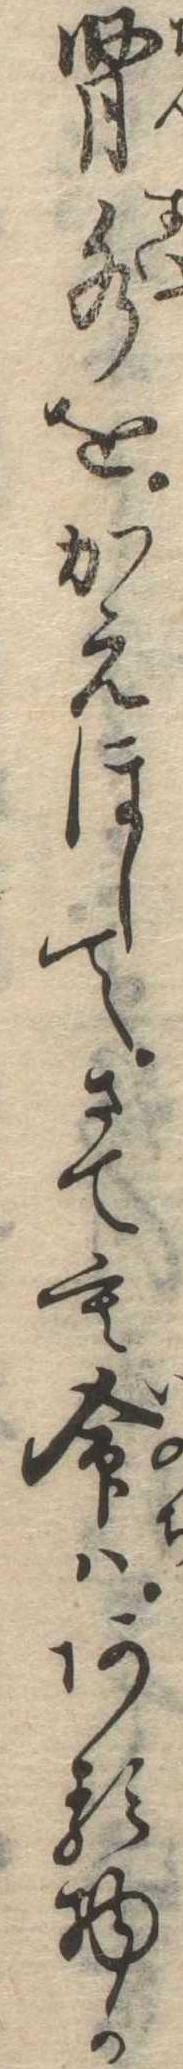
腎水をかえほしてさても命はある物か